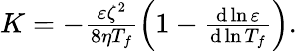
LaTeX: \begin{array}{r}{K=-\frac{\varepsilon\zeta^{2}}{8\eta T_{f}}\left(1-\frac{\mathrm{d}\ln\varepsilon}{\mathrm{d}\ln T_{f}}\right).}\end{array}